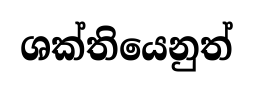
ශක්තියෙනුත්